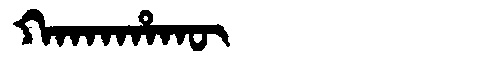
Manchu: ᡴᠠᡴᠠᡥᠠᡴᡡ
Romanization: KAKAHAKŪ